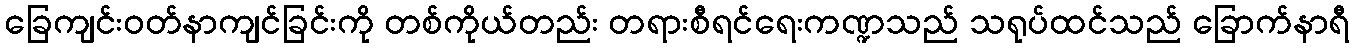
ခြေကျင်းဝတ်နာကျင်ခြင်းကို တစ်ကိုယ်တည်း တရားစီရင်ရေးကဏ္ဍသည် သရုပ်ထင်သည် ခြောက်နာရီ